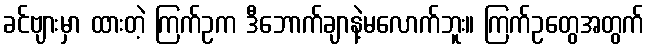
ခင်ဗျားမှာ ထားတဲ့ ကြက်ဥက ဒီဘောက်ချာနဲ့မလောက်ဘူး။ ကြက်ဥတွေအတွက်